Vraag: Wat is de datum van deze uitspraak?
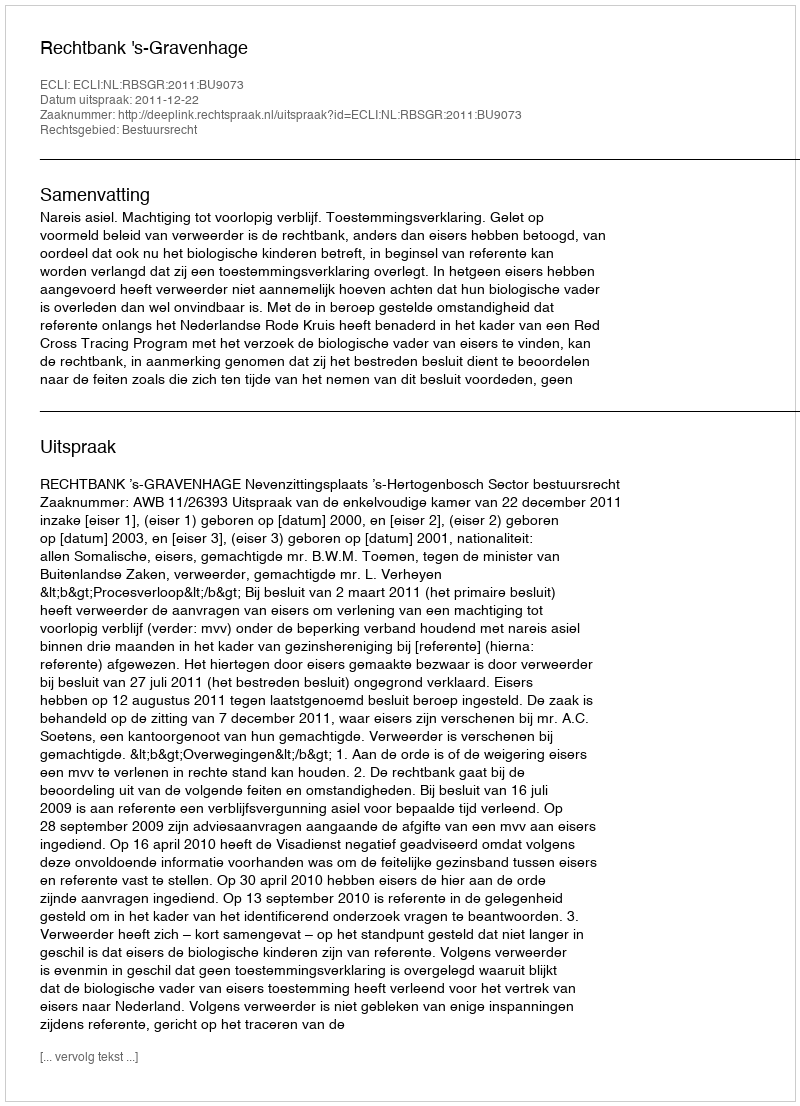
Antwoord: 2011-12-22